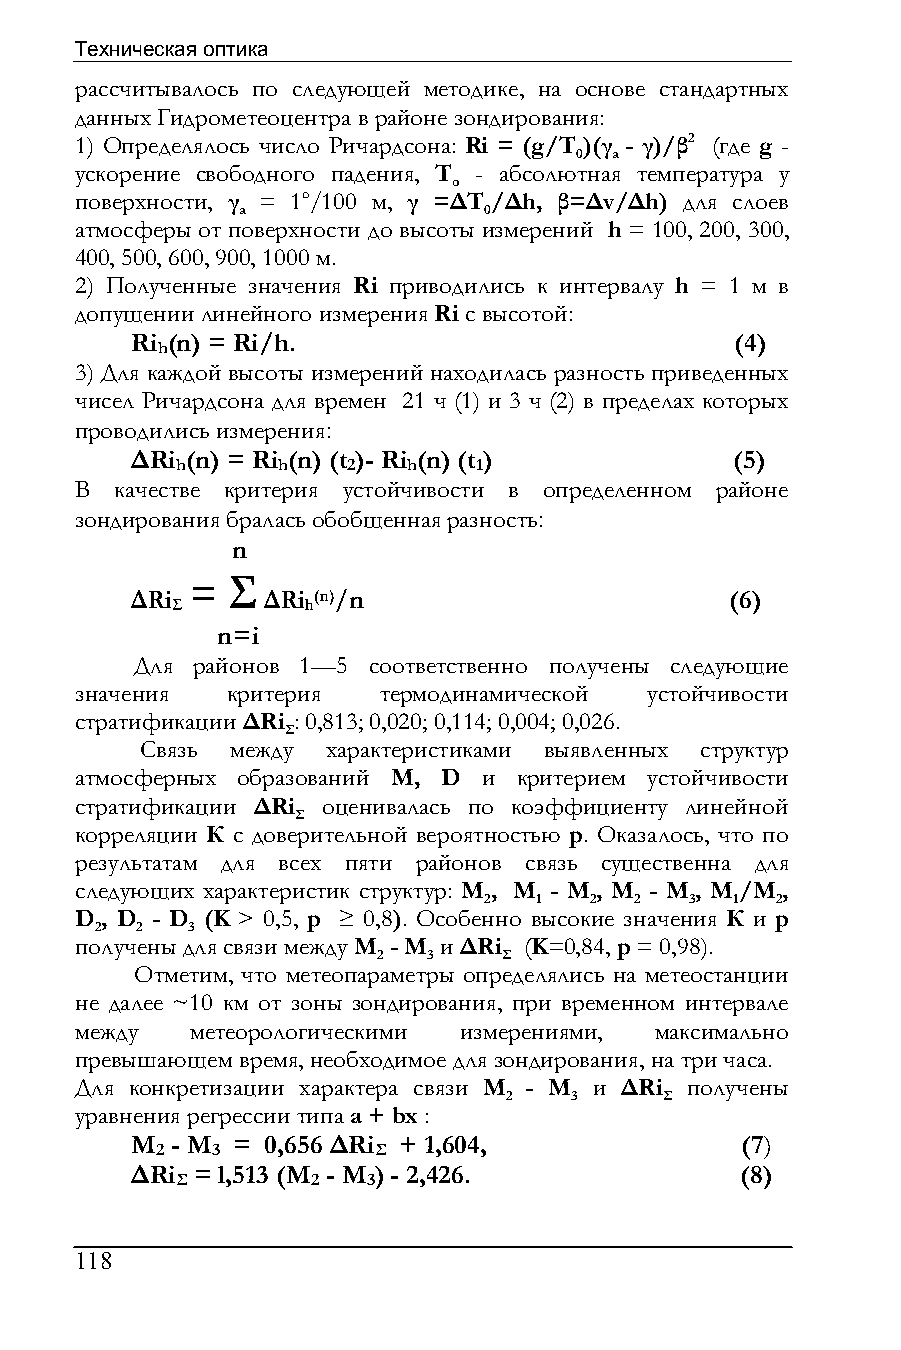
Техническая оптика
 рассчитывалось по следующей методике, на основе стандартных
 данных Гидрометеоцентра в районе зондирования:
 1) Определялось число Ричардсона: Ri = (g/T )(γ - γ)/β2 (где g -
 0 а
 ускорение свободного падения, Т - абсолютная температура у
 о
 поверхности, γ = 1o/100 м, γ =∆T /∆h, β=∆v/∆h) для слоев
 а               0
 атмосферы от поверхности до высоты измерений h = 100, 200, 300,
 400, 500, 600, 900, 1000 м.
 2) Полученные значения Ri приводились к интервалу h = 1 м в
 допущении линейного измерения Ri с высотой:
 Ri (n) = Ri/h.                          (4)
 h
 3) Для каждой высоты измерений находилась разность приведенных
 чисел Ричардсона для времен 21 ч (1) и 3 ч (2) в пределах которых
 проводились измерения:
 ∆Ri (n) = Ri (n) (t )- Ri (n) (t )      (5)
 h     h    2   h   1
 В  качестве критерия устойчивости в определенном районе
 зондирования бралась обобщенная разность:
 n
 = Σ
 ∆Ri     ∆Ri (n)/n                      (6)
 Σ        h
 n=i
 Для районов 1—5 соответственно получены следующие
 значения  критерия  термодинамической устойчивости
 стратификации ∆Ri : 0,813; 0,020; 0,114; 0,004; 0,026.
 Σ
 Связь между  характеристиками выявленных структур
 атмосферных образований М, D и критерием устойчивости
 стратификации ∆Ri оценивалась по коэффициенту линейной
 Σ
 корреляции К с доверительной вероятностью р. Оказалось, что по
 результатам для всех пяти районов связь существенна для
 следующих характеристик структур: М , М - М , М - М , M/M ,
 2  1   2  2   3 1  2
 D , D - D (K > 0,5, р ≥ 0,8). Особенно высокие значения К и р
 2  2  3
 получены для связи между М - М и ∆Ri (K=0,84, p = 0,98).
 2  3    Σ
 Отметим, что метеопараметры определялись на метеостанции
 не далее ~10 км от зоны зондирования, при временном интервале
 между   метеорологическими измерениями, максимально
 превышающем время, необходимое для зондирования, на три часа.
 Для конкретизации характера связи М - М и ∆Ri получены
 2    3     Σ
 уравнения регрессии типа а + bх :
 М - М =  0,656 ∆Ri + 1,604,             (7)
 2   3          Σ
 ∆Ri = l,513 (M - M ) - 2,426.           (8)
 Σ        2  3
 118